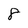
Character: 8